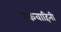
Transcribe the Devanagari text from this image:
रकवाहिनी